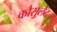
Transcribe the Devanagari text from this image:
कौसुलेट